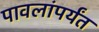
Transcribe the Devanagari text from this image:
पावलांपर्यंत